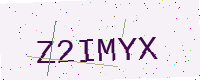
Text: Z2IMYX